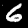
Label: 6